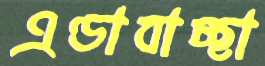
এণ্ডাবাচ্ছা